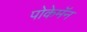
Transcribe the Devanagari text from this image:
पोकेमॅन